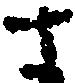
さ